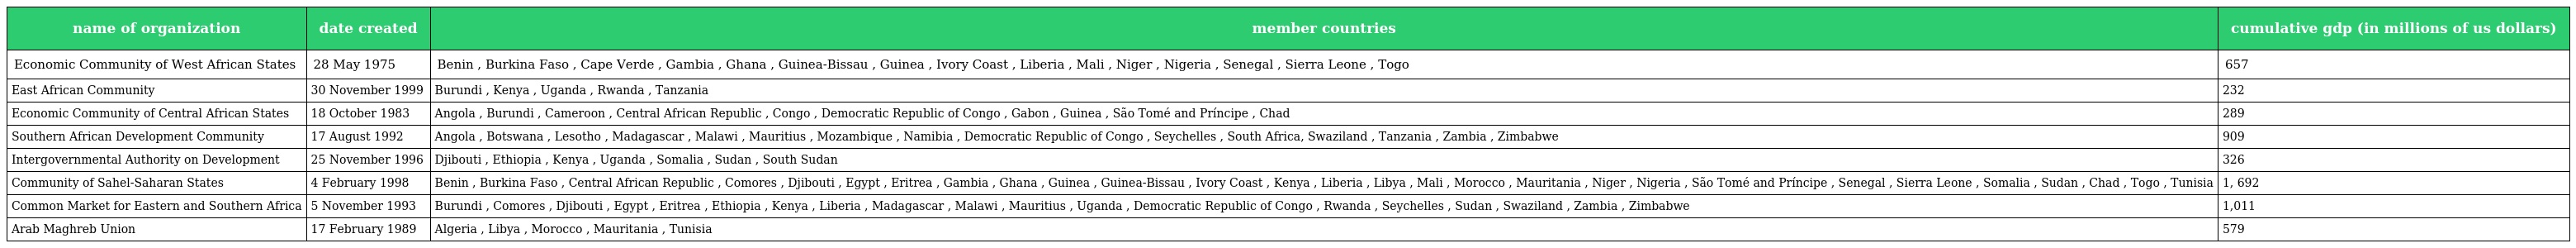
| name of organization | date created | member countries | cumulative gdp (in millions of us dollars) |
 | --- | --- | --- | --- |
 | Economic Community of West African States | 28 May 1975 | Benin , Burkina Faso , Cape Verde , Gambia , Ghana , Guinea-Bissau , Guinea , Ivory Coast , Liberia , Mali , Niger , Nigeria , Senegal , Sierra Leone , Togo | 657 |
 | East African Community | 30 November 1999 | Burundi , Kenya , Uganda , Rwanda , Tanzania | 232 |
 | Economic Community of Central African States | 18 October 1983 | Angola , Burundi , Cameroon , Central African Republic , Congo , Democratic Republic of Congo , Gabon , Guinea , São Tomé and Príncipe , Chad | 289 |
 | Southern African Development Community | 17 August 1992 | Angola , Botswana , Lesotho , Madagascar , Malawi , Mauritius , Mozambique , Namibia , Democratic Republic of Congo , Seychelles , South Africa, Swaziland , Tanzania , Zambia , Zimbabwe | 909 |
 | Intergovernmental Authority on Development | 25 November 1996 | Djibouti , Ethiopia , Kenya , Uganda , Somalia , Sudan , South Sudan | 326 |
 | Community of Sahel-Saharan States | 4 February 1998 | Benin , Burkina Faso , Central African Republic , Comores , Djibouti , Egypt , Eritrea , Gambia , Ghana , Guinea , Guinea-Bissau , Ivory Coast , Kenya , Liberia , Libya , Mali , Morocco , Mauritania , Niger , Nigeria , São Tomé and Príncipe , Senegal , Sierra Leone , Somalia , Sudan , Chad , Togo , Tunisia | 1, 692 |
 | Common Market for Eastern and Southern Africa | 5 November 1993 | Burundi , Comores , Djibouti , Egypt , Eritrea , Ethiopia , Kenya , Liberia , Madagascar , Malawi , Mauritius , Uganda , Democratic Republic of Congo , Rwanda , Seychelles , Sudan , Swaziland , Zambia , Zimbabwe | 1,011 |
 | Arab Maghreb Union | 17 February 1989 | Algeria , Libya , Morocco , Mauritania , Tunisia | 579 |